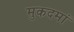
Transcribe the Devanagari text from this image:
मुकदमां